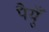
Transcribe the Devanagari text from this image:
पैयुँ